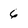
Character: 6